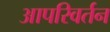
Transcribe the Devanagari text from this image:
आपरिवर्तन